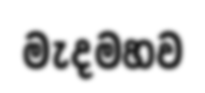
මැදමහව